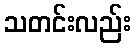
သတင်းလည်း